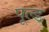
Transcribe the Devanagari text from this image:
पूल्ड